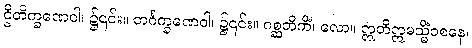
ဌိတိက္ခဏေဝါ၊ ၌၎င်း။ ဘင်္ဂက္ခဏေဝါ၊ ၌၎င်း။ ဂစ္ဆတိကိံ၊ လော။ ဣတိဣမသ္မိံဝစနေ၊